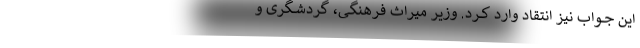
این جــواب نیز انتقاد وارد کــرد. وزیر میراث فرهنگــی، گردشــگری و